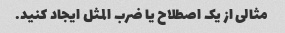
مثالی از یک اصطلاح یا ضرب المثل ایجاد کنید.